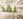
لقد